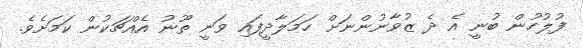
ފުލުހުން ބުނީ އެ ދެ ޒުވާނުންނަށް ހަމަލާދީފައި ވަނީ ތޫނު އެއްޗަކުން ކަމަށެވެ.